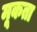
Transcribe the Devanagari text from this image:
मूकता